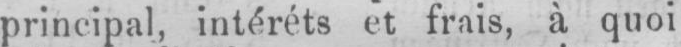
principal, intéréts et frais, à quoi